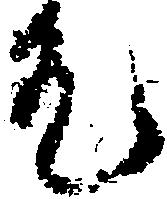
元